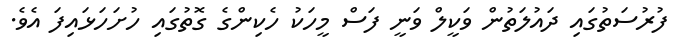
ފުރުސަތުގައި ދައުލަތުން ވަކީލް ވަނީ ފަސް މީހަކު ހެކިންގެ ގޮތުގައި ހުށަހަޅައިފަ އެވެ.